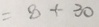
= 8 + 3 0